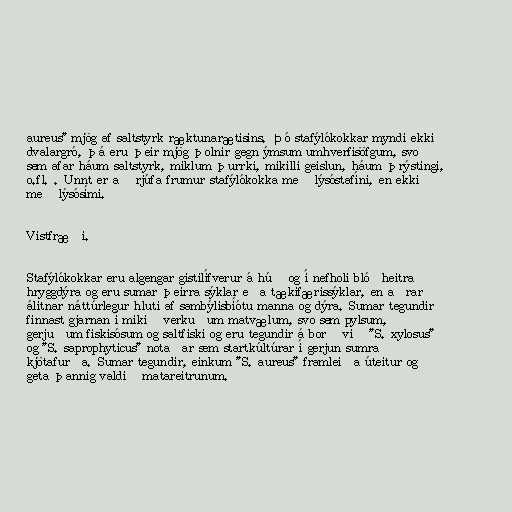
aureus" mjög af saltstyrk ræktunarætisins. Þó stafýlókokkar myndi ekki
dvalargró, þá eru þeir mjög þolnir gegn ýmsum umhverfisöfgum, svo
sem afar háum saltstyrk, miklum þurrki, mikilli geislun, háum þrýstingi,
o.fl. . Unnt er að rjúfa frumur stafýlókokka með lýsóstafíni, en ekki
með lýsósími.

Vistfræði.

Stafýlókokkar eru algengar gistilífverur á húð og í nefholi blóðheitra
hryggdýra og eru sumar þeirra sýklar eða tækifærissýklar, en aðrar
álitnar náttúrlegur hluti af sambýlisbíótu manna og dýra. Sumar tegundir
finnast gjarnan í mikið verkuðum matvælum, svo sem pylsum,
gerjuðum fiskisósum og saltfiski og eru tegundir á borð við "S. xylosus"
og "S. saprophyticus" notaðar sem startkúltúrar í gerjun sumra
kjötafurða. Sumar tegundir, einkum "S. aureus" framleiða úteitur og
geta þannig valdið matareitrunum.